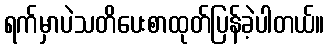
ရက်မှာပဲသတိပေးစာထုတ်ပြန်ခဲ့ပါတယ်။